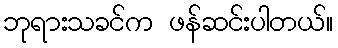
ဘုရားသခင်က ဖန်ဆင်းပါတယ်။